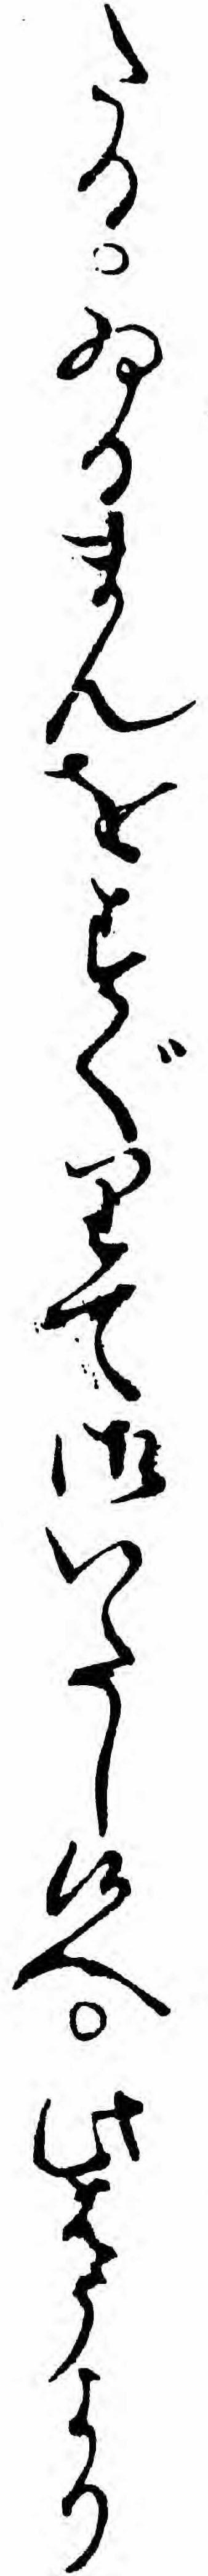
たるゐるまんをすぐりて御いたし候へ此はうより